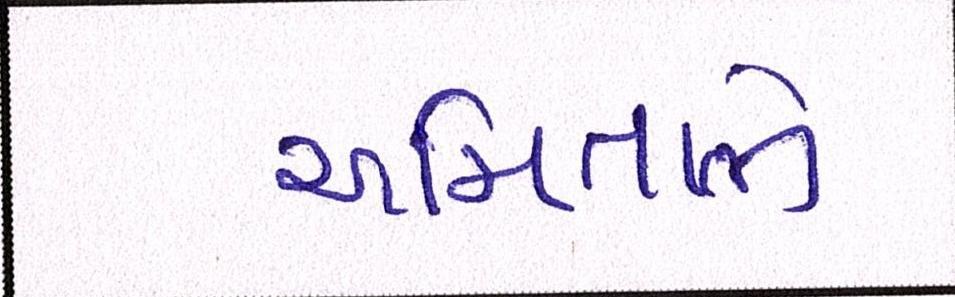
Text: અમિતાભે